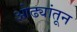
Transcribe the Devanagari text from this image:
ओढ्यांतून